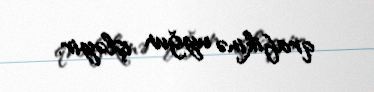
qrafikinə uyğun işləyir.